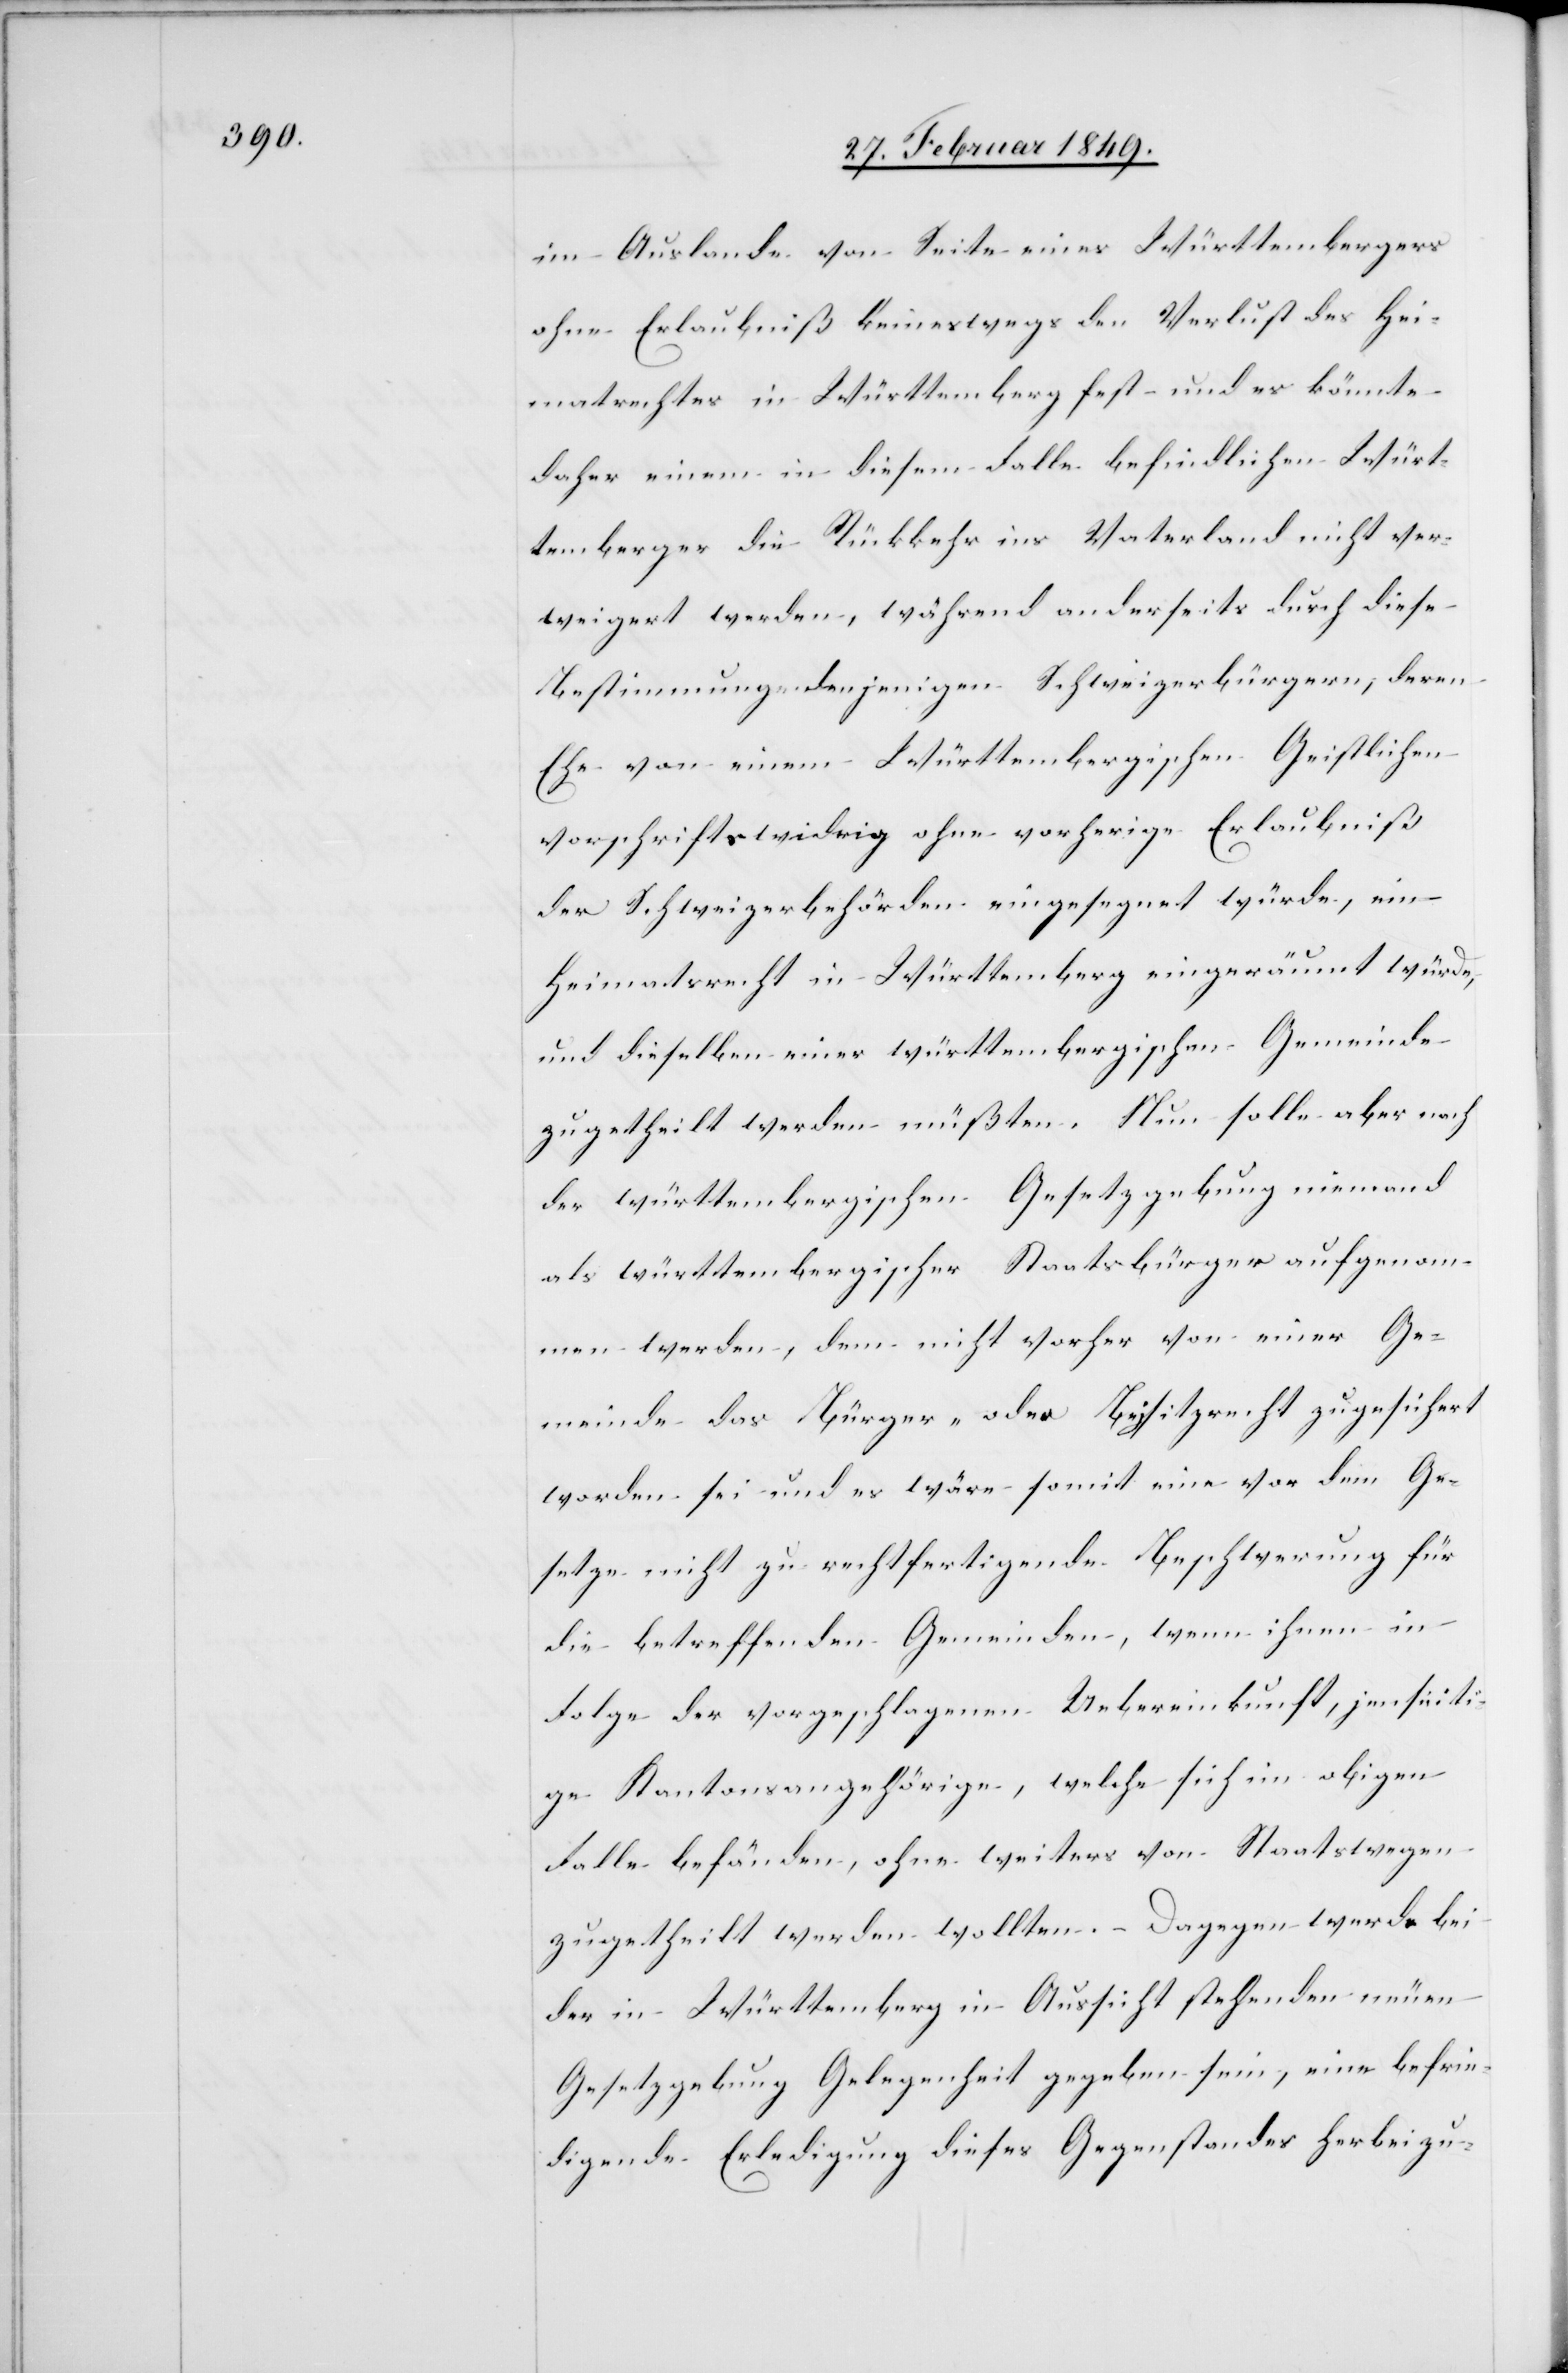
im Auslande von Seite eines Württembergers
ohne Erlaubniß keineswegs den Verlust des Hei¬
matrechtes in Württemberg fest – und es könnte
daher einem in diesem Falle befindlichen Würt¬
temberger die Rückkehr ins Vaterland nicht ver¬
weigert werden, während anderseits durch diese
Bestimmung denjenigen Schweizerbürgern, deren
Ehe von einem Württembergischen Geistlichen
vorschriftswidrig ohne vorherige Erlaubniß
der Schweizerbehörden eingesegnet würde, ein
Heimatsrecht in Württemberg eingeräumt würde,
und dieselben einer württembergischen Gemeinde
zugetheilt werden müßten. Nun solle aber nach
der württembergischen Gesetzgebung niemand
als württembergischer Staatsbürger aufgenom¬
men werden, dem nicht vorher von einer Ge¬
meinde das Bürger- oder Bejsitzrecht zugesichert
worden sei und es wäre somit eine vor dem Ge¬
setze nicht zu rechtfertigende Beschwerung für
die betreffenden Gemeinden, wenn ihnen in
Folge der vorgeschlagenen Uebereinkunft, jenseiti¬
ge Kantonsangehörige, welche sich im obigen
Falle befänden, ohne weiters von Staatswegen
zugetheilt werden wollten. – Dagegen werde bei
der in Württemberg in Aussicht stehenden neuen
Gesetzgebung Gelegenheit gegeben sein, eine befrie¬
digende Erledigung dieses Gegenstandes herbeizu-